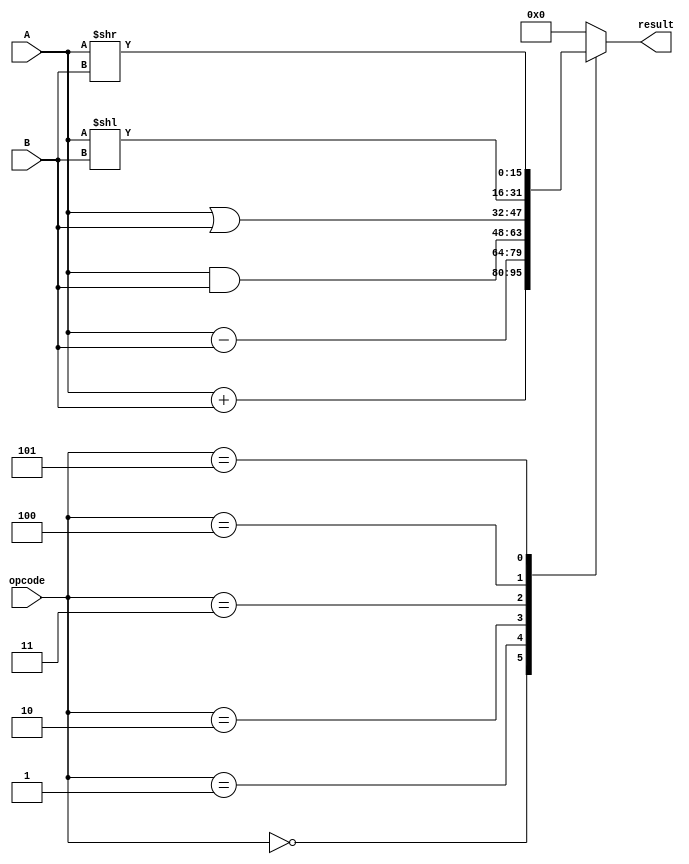
// This program was cloned from: https://github.com/DingWH03/verilog-demo
// License: GNU General Public License v3.0

module ALU (
    input [15:0] A, B,
    input [3:0] opcode,
    output wire [15:0] result
);

reg [15:0] result_r;
assign result = result_r;

always @ (A, B, opcode) begin
    case (opcode)
        4'b0000: result_r <= A + B;       // 
        4'b0001: result_r <= A - B;       // 
        4'b0010: result_r <= A & B;       // 
        4'b0011: result_r <= A | B;       // 
        4'b0100: result_r <= A << B;      // 
        4'b0101: result_r <= A >> B;      // 
        default: result_r <= 16'b0;       // 0
    endcase
end

endmodule